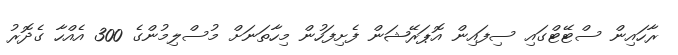
ރާހައިން ސްޓޭޓްގައި ސިފައިން އޮޕަރޭޝަން ފެށިފަހުން މިހާތަނަށް މުސްލިމުންގެ 300 އެއްހާ ގެދޮރު